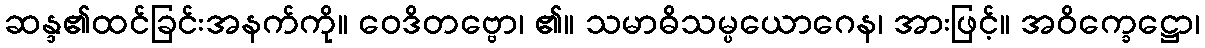
ဆန္ဒ၏ထင်ခြင်းအနက်ကို။ ဝေဒိတဗ္ဗော၊ ၏။ သမာဓိသမ္ပယောဂေန၊ အားဖြင့်။ အဝိက္ခေဋ္ဌော၊